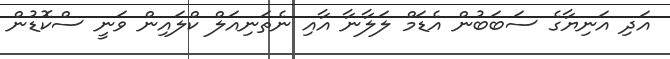
އަދި އަނިޔާގެ ސަބަބުން އެޑަމް ލަލާނާ އާއި ނެތަނިއަލް ކްލައިން ވަނީ ސްކޮޑުން